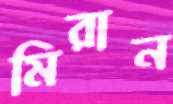
মিরান